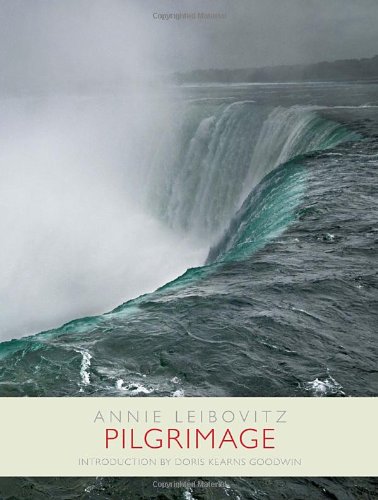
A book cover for Pilgrimage; Annie Leibovitz; Arts & Photography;